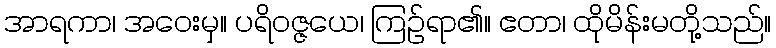
အာရကာ၊ အဝေးမှ။ ပရိဝဇ္ဇယေ၊ ကြဉ်ရာ၏။ ဧတာ၊ ထိုမိန်းမတို့သည်။